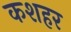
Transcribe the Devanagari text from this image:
कशहर